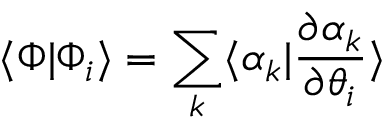
\langle \Phi | \Phi _ { i } \rangle = \sum _ { k } \langle \alpha _ { k } | \frac { \partial \alpha _ { k } } { \partial \theta _ { i } } \rangle